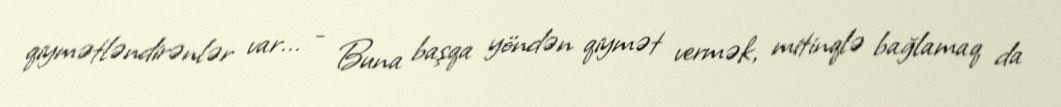
qiymətləndirənlər var... - Buna başqa yöndən qiymət vermək, mitinqlə bağlamaq da